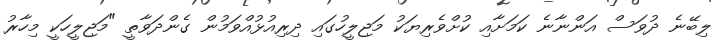
ލިބޭނެ ދުވަސް އަންނާނެ ކަމަށާއި ކުށްވެރިޔަކު މަޖިލީހުގައި ދިރިއުޅުއްވަމުން ގެންދަވާތީ "މަޖިލީހަކީ މިހާރު